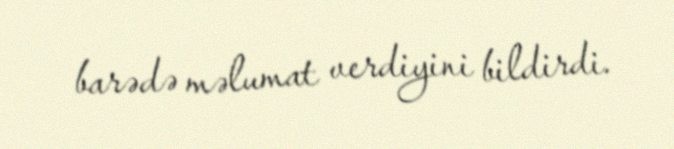
barədə məlumat verdiyini bildirdi.